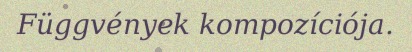
Függvények kompozíciója.